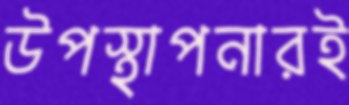
উপস্থাপনারই